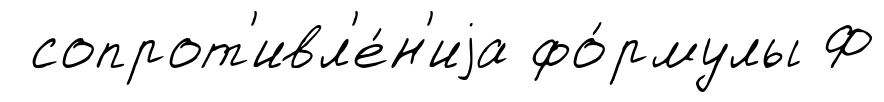
сопрот'ивл'е́н'иjа фо́рмулы Ф